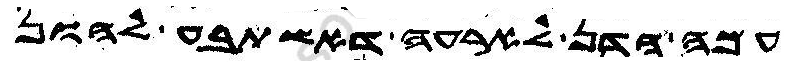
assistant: עמה הדן לארעה דאשתבע להון